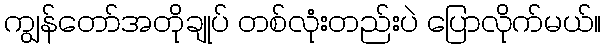
ကျွန်တော်အတိုချုပ် တစ်လုံးတည်းပဲ ပြောလိုက်မယ်။